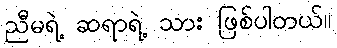
ညီမရဲ့ ဆရာရဲ့ သား ဖြစ်ပါတယ်။